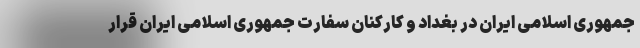
جمهوری اسلامی ایران در بغداد و کارکنان سفارت جمهوری اسلامی ایران قرار